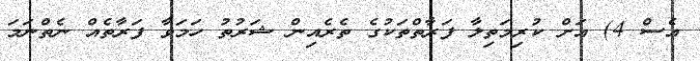
އެސް 4) އަށް ކުރިމަތިލާ ފަރާތްތަކުގެ ތެރެއިން ޝަރުތު ހަމަވާ ފަރާތެއް ނެތްނަމަ